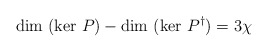
\begin{align*} \mbox{dim }(\mbox{ker } P) - \mbox{dim }(\mbox{ker }P^{\dag}) = 3 \chi\end{align*}